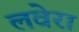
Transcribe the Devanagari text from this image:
लवेरा